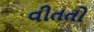
વીતતો